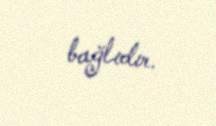
bağlıdır.